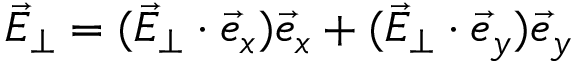
\vec { E } _ { \perp } = ( \vec { E } _ { \perp } \cdot \vec { e } _ { x } ) \vec { e } _ { x } + ( \vec { E } _ { \perp } \cdot \vec { e } _ { y } ) \vec { e } _ { y }